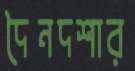
দৈনদশার